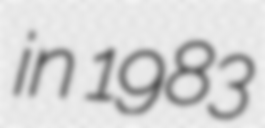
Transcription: in 1983